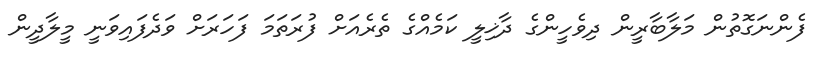
ފެންނަގޮތުން މަލާބާރީން ދިވެހީންގެ ދާޚިލީ ކަމެއްގެ ތެރެއަށް ފުރަތަމަ ފަހަރަށް ވަދެފައިވަނީ މީލާދީން